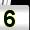
Digit: 5